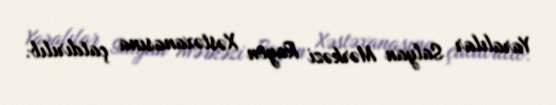
Yaralılar Salyan Mərkəzi Rayon Xəstəxanasına çatdırılıb.